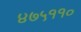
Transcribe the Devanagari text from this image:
४७५११०